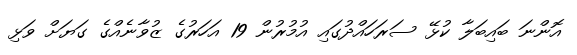
އޮންނަ ބައިބަލާ ކުޅޭ ސަރަހައްދުގައި އުމުރުން 19 އަހަރުގެ ޒުވާނެއްގެ ގަޔަށް ވަޅި